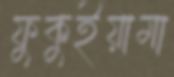
ফুকুইয়ামা